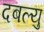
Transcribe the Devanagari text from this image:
दबल्यु